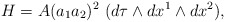
\begin{align*}H=A(a_1a_2)^2\,\,(d\tau \wedge dx^1\wedge dx^2), \end{align*}